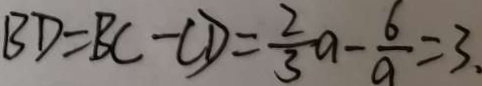
B D = B C - C D = \frac { 2 } { 3 } a - \frac { 6 } { a } = 3 .